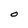
Character: O